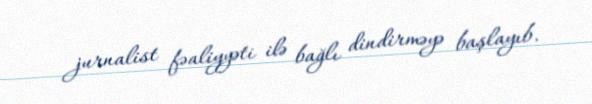
jurnalist fəaliyyəti ilə bağlı dindirməyə başlayıb.